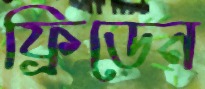
ফ্রিডেন